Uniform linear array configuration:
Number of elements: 8
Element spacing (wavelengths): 0.25
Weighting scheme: hamming
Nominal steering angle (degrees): -30
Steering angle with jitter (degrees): -29.436
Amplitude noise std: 0.05
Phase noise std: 0.05

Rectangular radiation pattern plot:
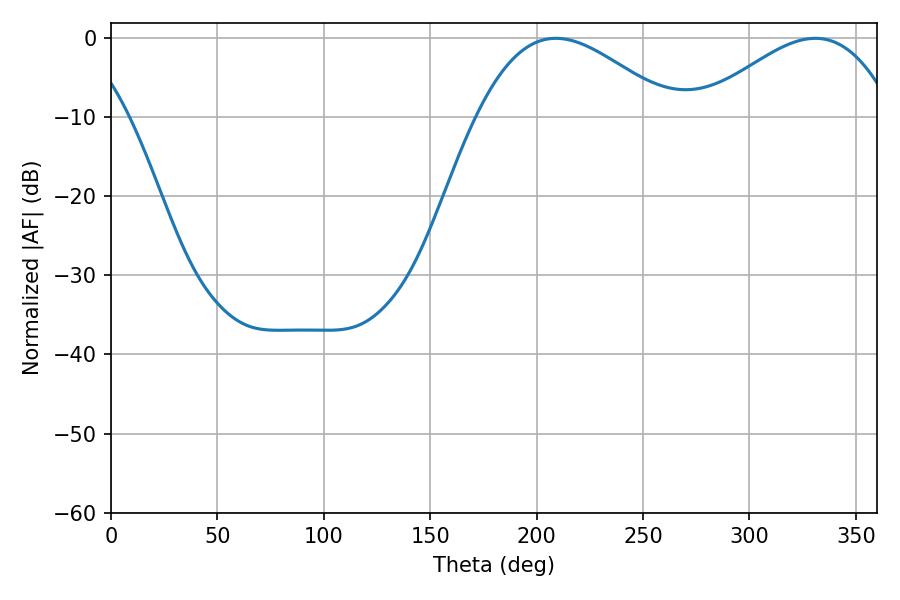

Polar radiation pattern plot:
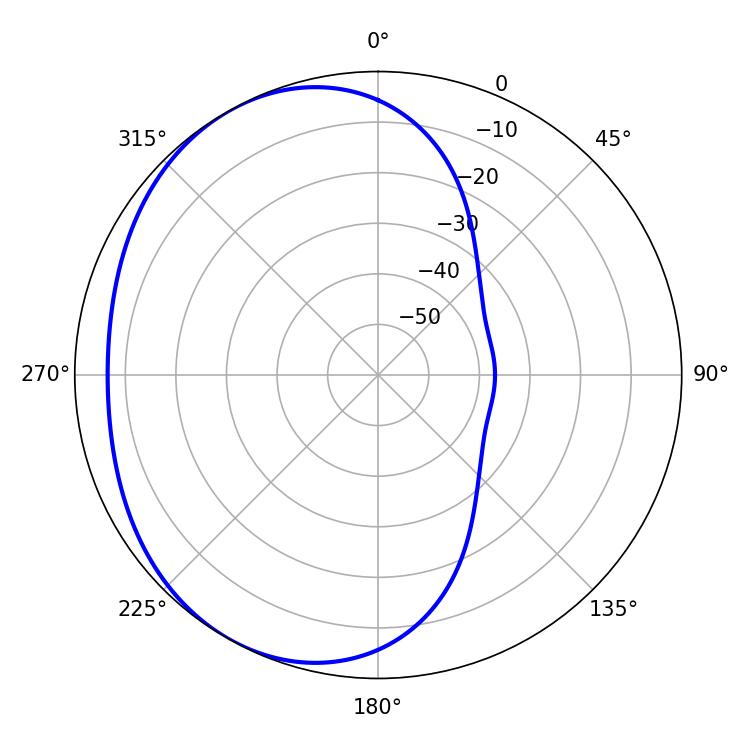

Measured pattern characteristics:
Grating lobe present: FALSE
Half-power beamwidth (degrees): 49.5
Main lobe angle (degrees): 208.98